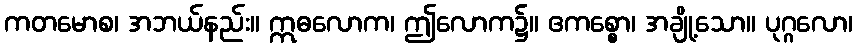
ကတမောစ၊ အဘယ်နည်း။ ဣဓလောက၊ ဤလောက၌။ ဧကစ္စော၊ အချို့သော။ ပုဂ္ဂလော၊